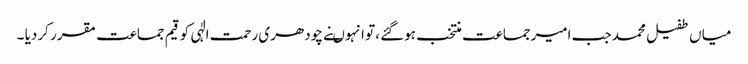
میاں طفیل محمد جب امیرجماعت منتخب ہوگئے ،تو انہوںنے چودھری رحمت الٰہی کو قیم جماعت مقرر کردیا ۔